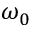
\omega _ { 0 }